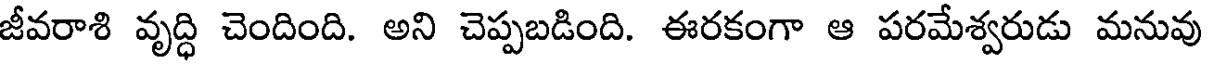
జీవరాశి వృద్ధి చెందింది. అని చెప్పబడింది. ఈరకంగా ఆ పరమేశ్వరుడు మనువు